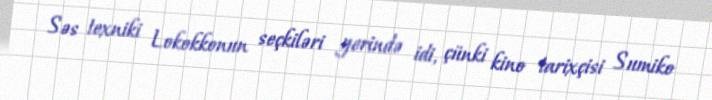
Səs texniki Lokokkonun seçkiləri yerində idi, çünki kino tarixçisi Sumiko